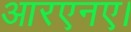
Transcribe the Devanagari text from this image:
आरएनए।